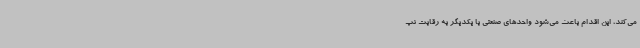
می‌کند، این اقدام باعث می‌شود واحدهای صنعتی با یکدیگر به رقابت نپ